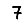
Digit: 7